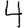
Digit: 4